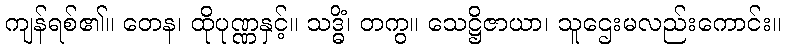
ကျန်ရစ်၏။ တေန၊ ထိုပုဏ္ဏနှင့်။ သဒ္ဓိံ၊ တကွ။ သေဋ္ဌိဇာယာ၊ သူဌေးမလည်းကောင်း။